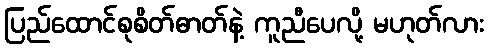
ပြည်ထောင်စုစိတ်ဓာတ်နဲ့ ကူညီပေလို့ မဟုတ်လား